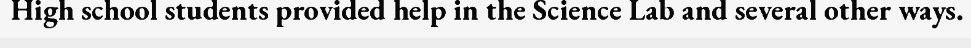
High school students provided help in the Science Lab and several other ways.